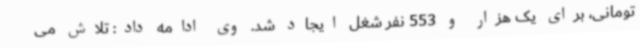
تومانی، برای یک هزار و 553 نفر شغل ایجاد شد. وی ادامه داد: تلاش می